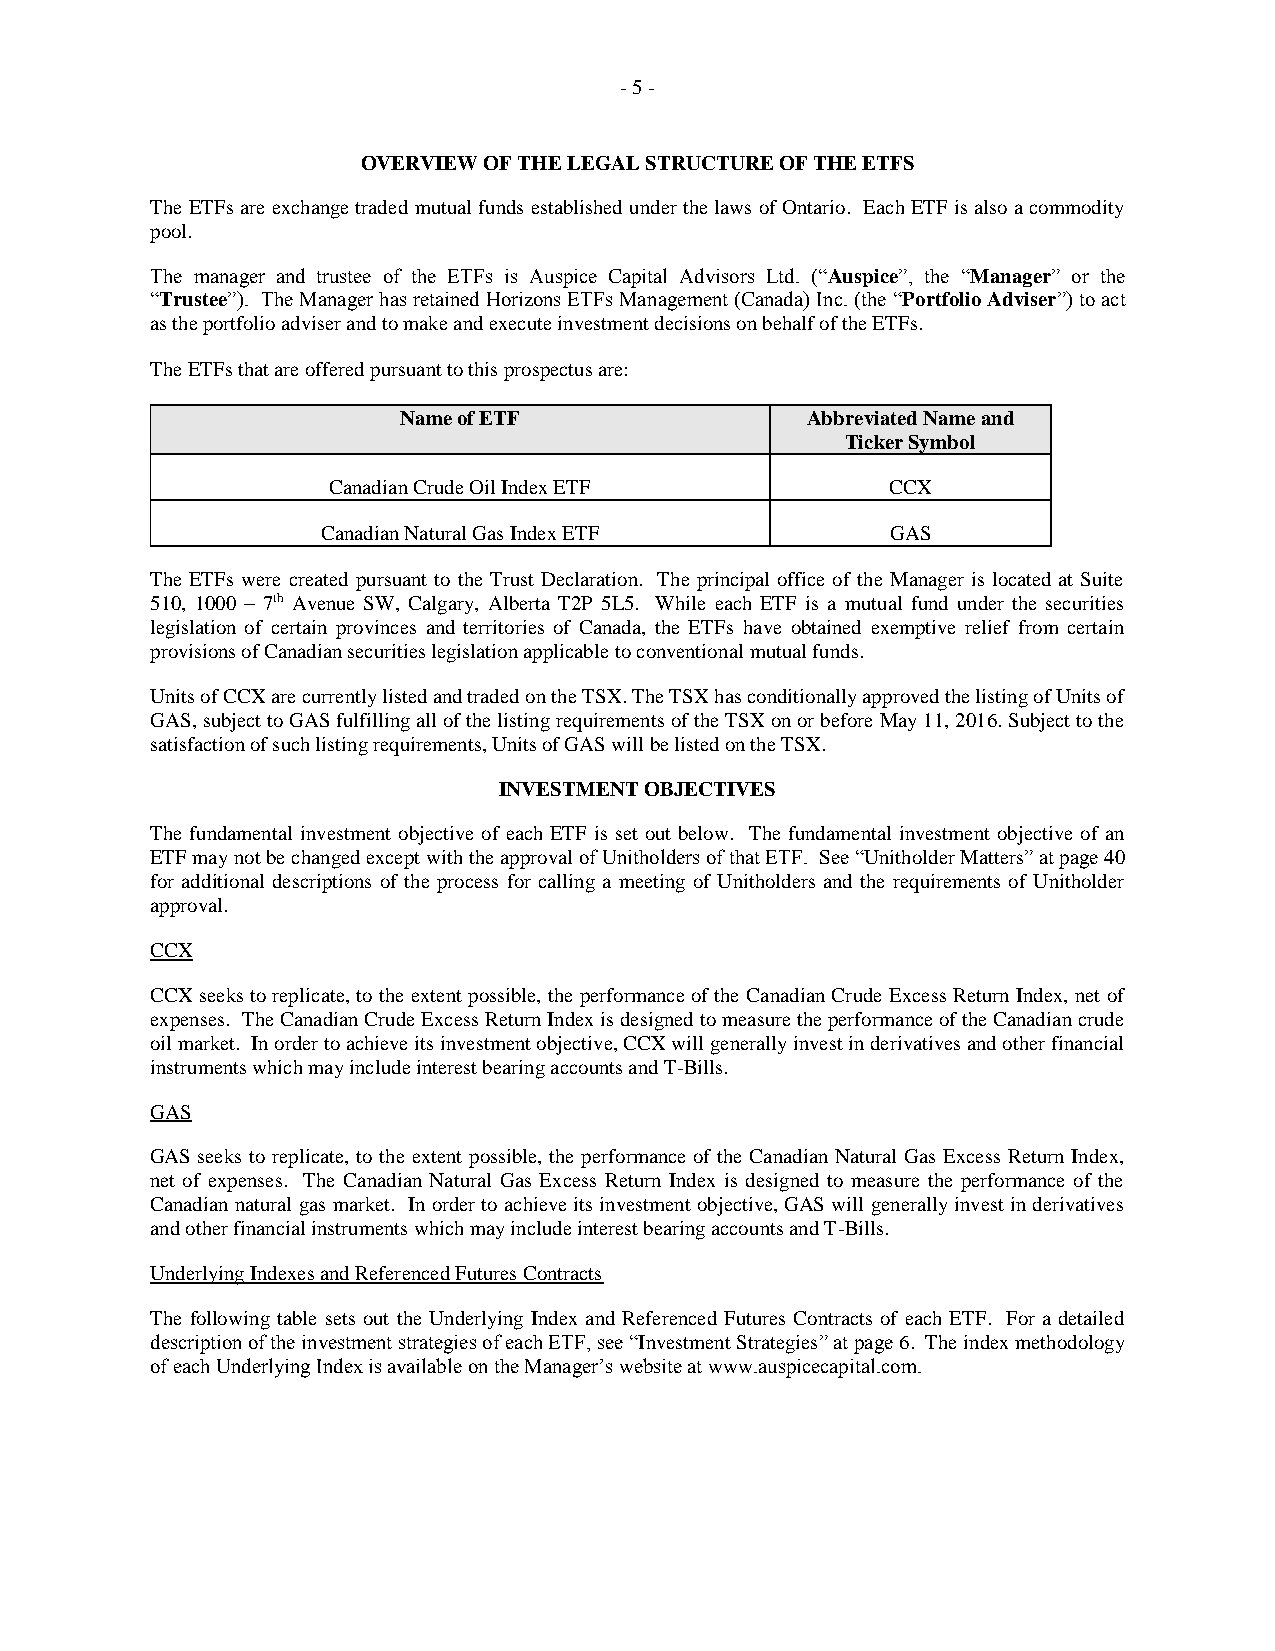
- 5 -
 OVERVIEW OF THE LEGAL STRUCTURE OF THE ETFS
 The ETFs are exchange traded mutual funds established under the laws of Ontario. Each ETF is also a commodity
 pool.
 The manager and trustee of the ETFs is Auspice Capital Advisors Ltd. (“Auspice”, the “Manager” or the
 “Trustee”). The Manager has retained Horizons ETFs Management (Canada) Inc. (the “Portfolio Adviser”) to act
 as the portfolio adviser and to make and execute investment decisions on behalf of the ETFs.
 The ETFs that are offered pursuant to this prospectus are:
 Name of ETF                Abbreviated Name and
 Ticker Symbol
 Canadian Crude Oil Index ETF         CCX
 Canadian Natural Gas Index ETF        GAS
 The ETFs were created pursuant to the Trust Declaration. The principal office of the Manager is located at Suite
 510, 1000 – 7th Avenue SW, Calgary, Alberta T2P 5L5. While each ETF is a mutual fund under the securities
 legislation of certain provinces and territories of Canada, the ETFs have obtained exemptive relief from certain
 provisions of Canadian securities legislation applicable to conventional mutual funds.
 Units of CCX are currently listed and traded on the TSX. The TSX has conditionally approved the listing of Units of
 GAS, subject to GAS fulfilling all of the listing requirements of the TSX on or before May 11, 2016. Subject to the
 satisfaction of such listing requirements, Units of GAS will be listed on the TSX.
 INVESTMENT OBJECTIVES
 The fundamental investment objective of each ETF is set out below. The fundamental investment objective of an
 ETF may not be changed except with the approval of Unitholders of that ETF. See “Unitholder Matters” at page 40
 for additional descriptions of the process for calling a meeting of Unitholders and the requirements of Unitholder
 approval.
 CCX
 CCX seeks to replicate, to the extent possible, the performance of the Canadian Crude Excess Return Index, net of
 expenses. The Canadian Crude Excess Return Index is designed to measure the performance of the Canadian crude
 oil market. In order to achieve its investment objective, CCX will generally invest in derivatives and other financial
 instruments which may include interest bearing accounts and T-Bills.
 GAS
 GAS seeks to replicate, to the extent possible, the performance of the Canadian Natural Gas Excess Return Index,
 net of expenses. The Canadian Natural Gas Excess Return Index is designed to measure the performance of the
 Canadian natural gas market. In order to achieve its investment objective, GAS will generally invest in derivatives
 and other financial instruments which may include interest bearing accounts and T-Bills.
 Underlying Indexes and Referenced Futures Contracts
 The following table sets out the Underlying Index and Referenced Futures Contracts of each ETF. For a detailed
 description of the investment strategies of each ETF, see “Investment Strategies” at page 6. The index methodology
 of each Underlying Index is available on the Manager’s website at www.auspicecapital.com.